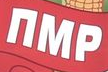
nMP